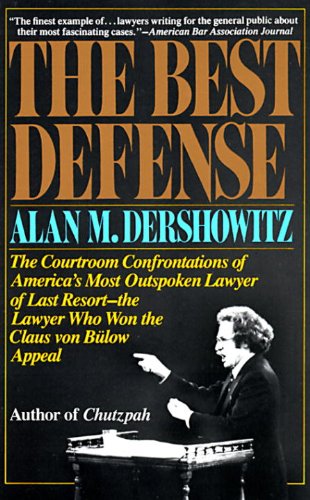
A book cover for The Best Defense; Alan M. Dershowitz; Law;